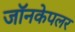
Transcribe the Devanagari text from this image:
जॉनकेपलर